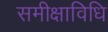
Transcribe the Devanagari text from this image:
समीक्षाविधि